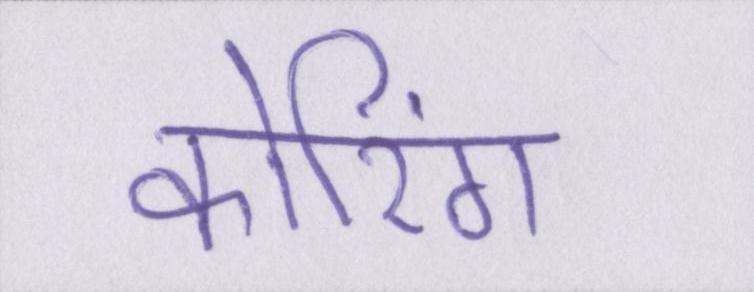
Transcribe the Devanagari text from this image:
कोरिंग